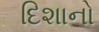
દિશાનો